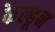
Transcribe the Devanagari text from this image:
कैल्हून